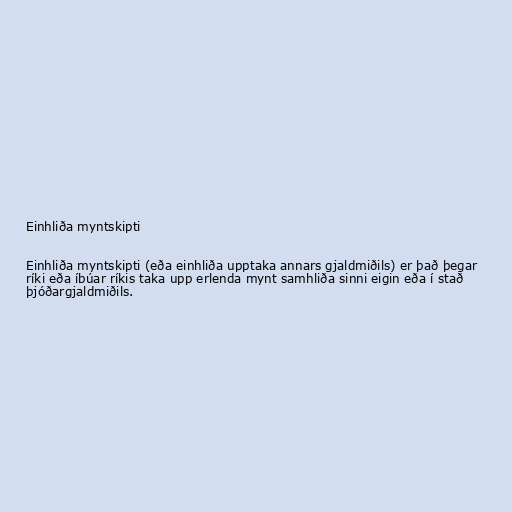
Einhliða myntskipti

Einhliða myntskipti (eða einhliða upptaka annars gjaldmiðils) er það þegar
ríki eða íbúar ríkis taka upp erlenda mynt samhliða sinni eigin eða í stað
þjóðargjaldmiðils.